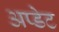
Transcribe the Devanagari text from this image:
अप्डेट